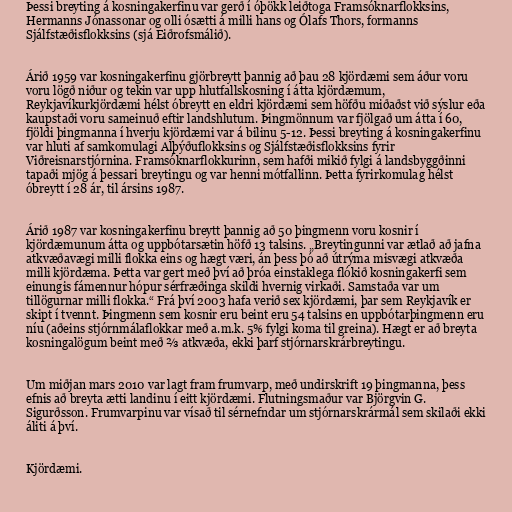
Þessi breyting á kosningakerfinu var gerð í óþökk leiðtoga Framsóknarflokksins,
Hermanns Jónassonar og olli ósætti á milli hans og Ólafs Thors, formanns
Sjálfstæðisflokksins (sjá Eiðrofsmálið).

Árið 1959 var kosningakerfinu gjörbreytt þannig að þau 28 kjördæmi sem áður voru
voru lögð niður og tekin var upp hlutfallskosning í átta kjördæmum,
Reykjavíkurkjördæmi hélst óbreytt en eldri kjördæmi sem höfðu miðaðst við sýslur eða
kaupstaði voru sameinuð eftir landshlutum. Þingmönnum var fjölgað um átta í 60,
fjöldi þingmanna í hverju kjördæmi var á bilinu 5-12. Þessi breyting á kosningakerfinu
var hluti af samkomulagi Alþýðuflokksins og Sjálfstæðisflokksins fyrir
Viðreisnarstjórnina. Framsóknarflokkurinn, sem hafði mikið fylgi á landsbyggðinni
tapaði mjög á þessari breytingu og var henni mótfallinn. Þetta fyrirkomulag hélst
óbreytt í 28 ár, til ársins 1987.

Árið 1987 var kosningakerfinu breytt þannig að 50 þingmenn voru kosnir í
kjördæmunum átta og uppbótarsætin höfð 13 talsins. „Breytingunni var ætlað að jafna
atkvæðavægi milli flokka eins og hægt væri, án þess þó að útrýma misvægi atkvæða
milli kjördæma. Þetta var gert með því að þróa einstaklega flókið kosningakerfi sem
einungis fámennur hópur sérfræðinga skildi hvernig virkaði. Samstaða var um
tillögurnar milli flokka.“ Frá því 2003 hafa verið sex kjördæmi, þar sem Reykjavík er
skipt í tvennt. Þingmenn sem kosnir eru beint eru 54 talsins en uppbótarþingmenn eru
níu (aðeins stjórnmálaflokkar með a.m.k. 5% fylgi koma til greina). Hægt er að breyta
kosningalögum beint með ⅔ atkvæða, ekki þarf stjórnarskrárbreytingu.

Um miðjan mars 2010 var lagt fram frumvarp, með undirskrift 19 þingmanna, þess
efnis að breyta ætti landinu í eitt kjördæmi. Flutningsmaður var Björgvin G.
Sigurðsson. Frumvarpinu var vísað til sérnefndar um stjórnarskrármál sem skilaði ekki
áliti á því.

Kjördæmi.